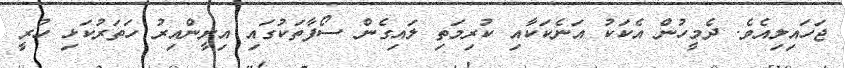
ޖަހައިލިއެވެ. ދެމީހުން އެކަކު އަނެކަކާއި ކުރިމަތި ލައިގެން ސޯފާތަކުގައި އިށީންއިރު ހަތަރުކަޅި ހުރީ